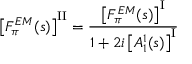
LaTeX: \left[ F _ { \pi } ^ { E M } ( s ) \right] ^ { \mathrm { I I } } = \frac { \left[ F _ { \pi } ^ { E M } ( s ) \right] ^ { \mathrm { I } } } { 1 + 2 i \left[ A _ { 1 } ^ { 1 } ( s ) \right] ^ { \mathrm { I } } }